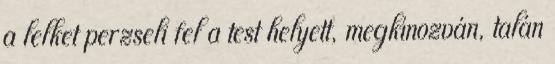
a lelket perzseli fel a test helyett, megkínozván, talán